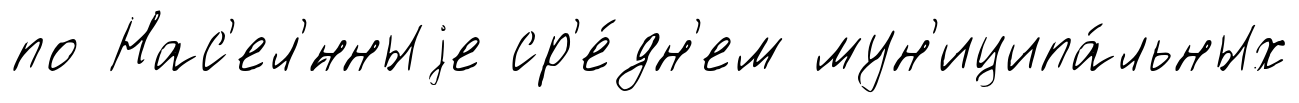
по Нас'ел'́нныjе ср'е́дн'ем мун'иципа́льных